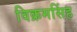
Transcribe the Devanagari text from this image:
विक्रमसिंह